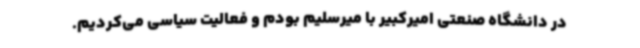
در دانشگاه صنعتی امیرکبیر با میرسلیم بودم و فعالیت سیاسی می‌کردیم.